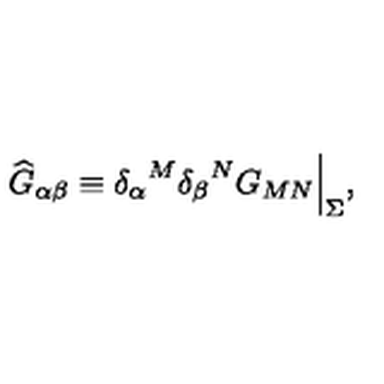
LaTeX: { \widehat G } _ { \alpha \beta } \equiv { \delta _ { \alpha } } ^ { M } { \delta _ { \beta } } ^ { N } G _ { M N } \Big | _ { \Sigma } ,